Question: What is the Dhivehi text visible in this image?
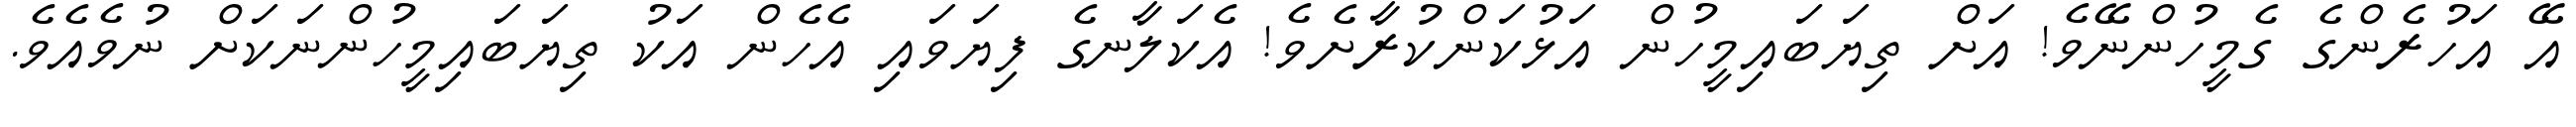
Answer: އޭ އަހުރެންގެ ގެމީހުންނޭވެ! އަށް ތިޔަބައިމީހުން އަޅުކަންކުރާށެވެ! އެކަލާނގެ ފިޔަވައި އެހެން އަކު ތިޔަބައިމީހުންނަކަށް ނުވެއެވެ.